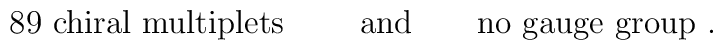
\mbox{89 chiral multiplets } \qquad \mbox{and} \qquad\mbox{no gauge group .}